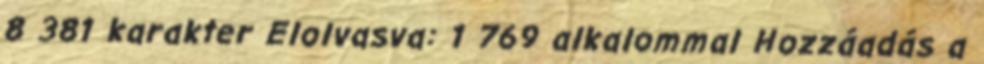
8 381 karakter Elolvasva: 1 769 alkalommal Hozzáadás a